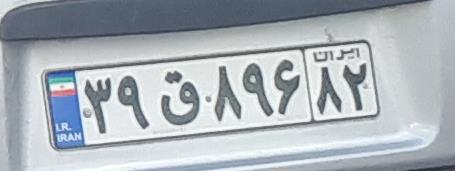
۳۹ق۸۹۶۸۲